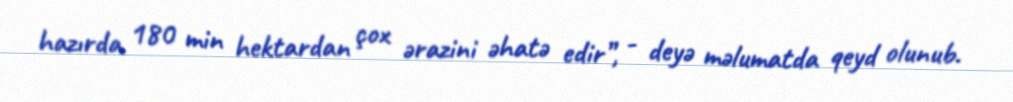
hazırda 180 min hektardan çox ərazini əhatə edir”, - deyə məlumatda qeyd olunub.